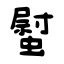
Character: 螱